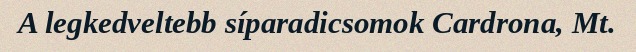
A legkedveltebb síparadicsomok Cardrona, Mt.